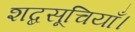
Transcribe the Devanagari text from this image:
शब्दसूचियाँ।